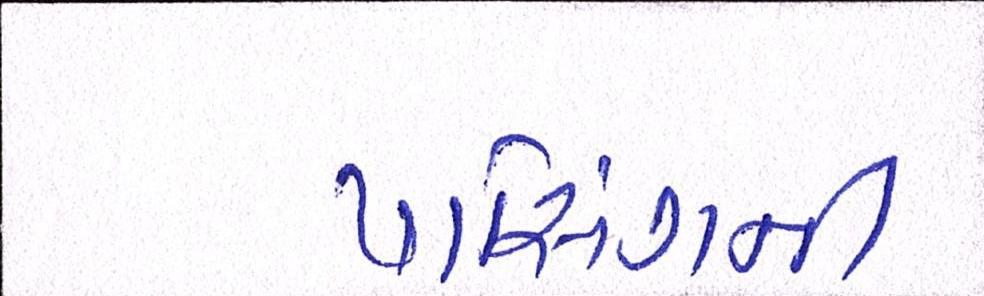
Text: પાસિંગની